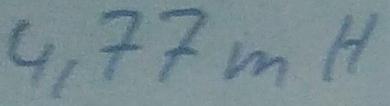
Text: 4,77mH